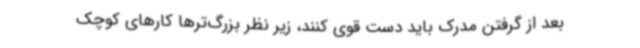
بعد از گرفتن مدرک باید دست قوی کنند، زیر نظر بزرگ‌ترها کارهای کوچک